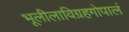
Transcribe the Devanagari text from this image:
भूलीलाविग्रहगोपालं